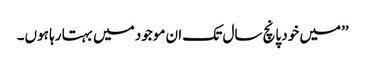
’’میں خود پانچ سال تک ان موجود میں بہتا رہا ہوں۔